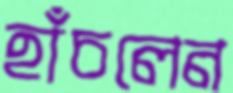
হাঁচলেন